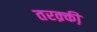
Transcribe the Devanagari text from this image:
तरक़्की़